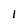
Character: l